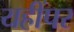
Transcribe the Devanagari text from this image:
यहींपर